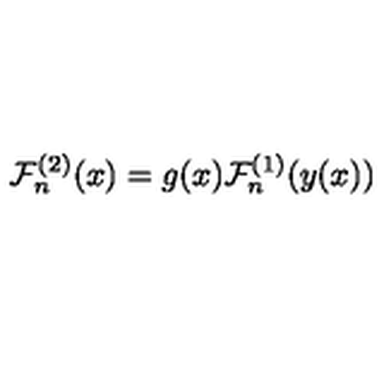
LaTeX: { \cal F } _ { n } ^ { ( 2 ) } ( x ) = g ( x ) { \cal F } _ { n } ^ { ( 1 ) } ( y ( x ) )